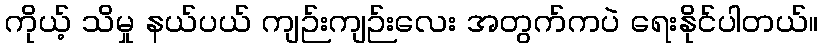
ကိုယ့် သိမှု နယ်ပယ် ကျဉ်းကျဉ်းလေး အတွက်ကပဲ ရေးနိုင်ပါတယ်။